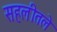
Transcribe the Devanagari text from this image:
सहलीतले